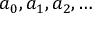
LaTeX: a _ { 0 } , a _ { 1 } , a _ { 2 } , \dots